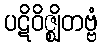
ပဋိဝိဇ္ဈိတဗ္ဗံ